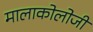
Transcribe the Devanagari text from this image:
मालाकोलोजी